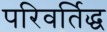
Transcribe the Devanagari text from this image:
परिवर्तिद्ध